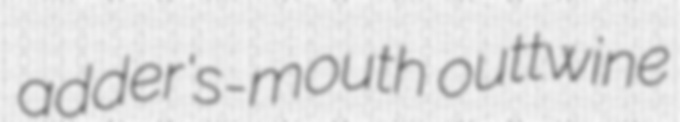
adder's-mouth outtwine